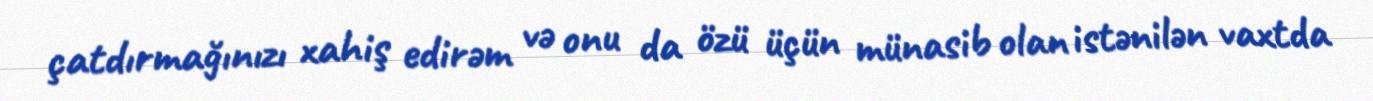
çatdırmağınızı xahiş edirəm və onu da özü üçün münasib olan istənilən vaxtda